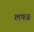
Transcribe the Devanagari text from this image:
लफ्ज